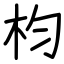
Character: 枃